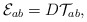
\begin{align*}{\cal E}_{ab}=D{\cal T}_{ab}, \end{align*}